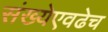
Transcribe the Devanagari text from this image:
संख्येएवढेच